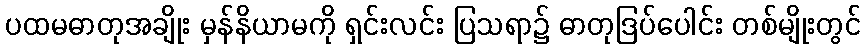
ပထမဓာတုအချိုး မှန်နိယာမကို ရှင်းလင်း ပြသရာ၌ ဓာတုဒြပ်ပေါင်း တစ်မျိုးတွင်